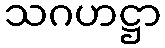
သဂဟဋ္ဌာ